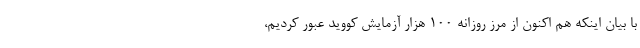
با بیان اینکه هم اکنون از مرز روزانه ۱۰۰ هزار آزمایش کووید عبور کردیم،